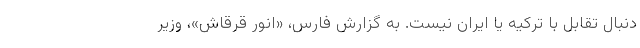
دنبال تقابل با ترکیه یا ایران نیست. به گزارش فارس، «انور قرقاش»، وزیر